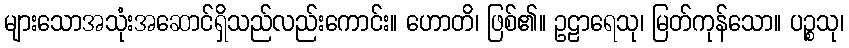
များသောအသုံးအဆောင်ရှိသည်လည်းကောင်း။ ဟောတိ၊ ဖြစ်၏။ ဥဠာရေသု၊ မြတ်ကုန်သော။ ပဉ္စသု၊